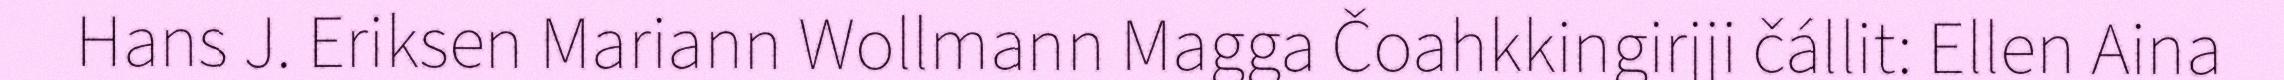
Hans J. Eriksen Mariann Wollmann Magga Čoahkkingirjji čállit: Ellen Aina